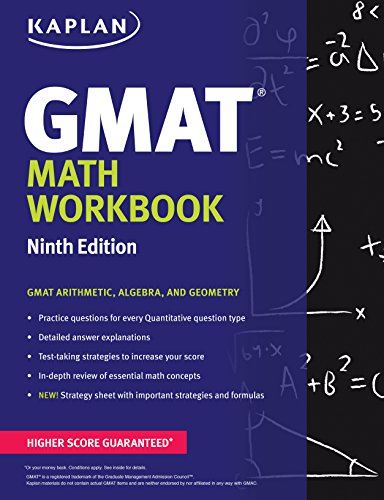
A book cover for Kaplan GMAT Math Workbook (Kaplan Test Prep); Kaplan; Test Preparation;